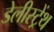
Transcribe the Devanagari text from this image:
डेलीस्ट्रेंथ